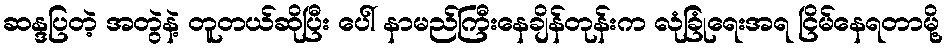
ဆန္ဒပြတဲ့ အတွဲနဲ့ တူတယ်ဆိုပြီး ပေါ် နာမည်ကြီးနေချိန်တုန်းက လုံခြုံရေးအရ ငြိမ်နေရတာမို့